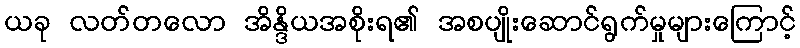
ယခု လတ်တလော အိန္ဒိယအစိုးရ၏ အစပျိုးဆောင်ရွက်မှုများကြောင့်